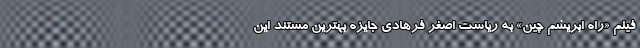
فیلم «راه ابریشم چین» به ریاست اصغر فرهادی جایزه بهترین مستند این